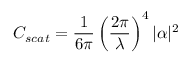
C _ { s c a t } = { \frac { 1 } { 6 \pi } } \left( { \frac { 2 \pi } { \lambda } } \right) ^ { 4 } | \alpha | ^ { 2 }